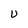
Character: U